Annual administration report of the Civil Veterinary Department of India - 1895-1896
Year: 1895
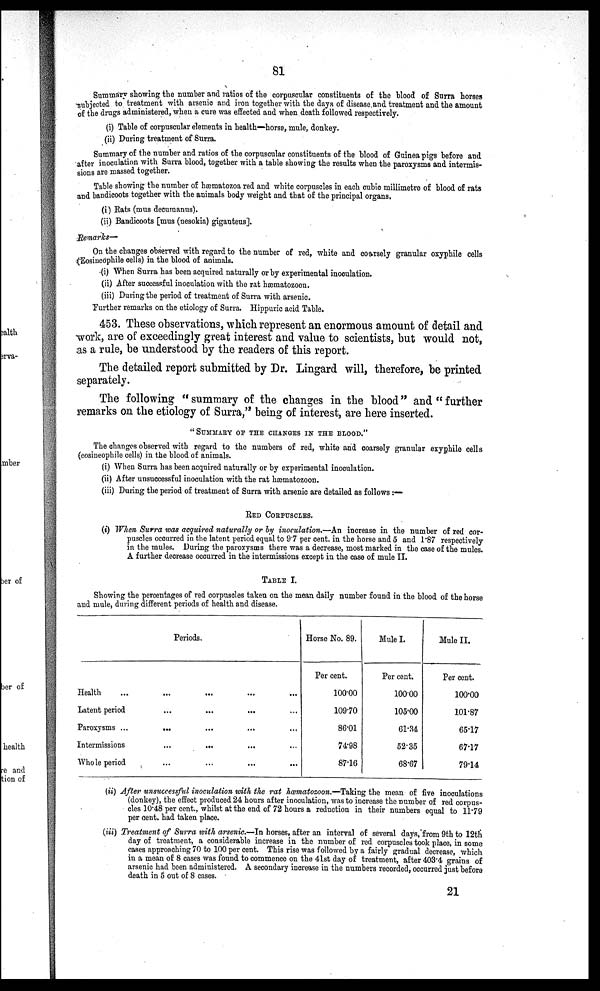
81
Summary showing the number and ratios of the corpuscular constituents of the blood of Surra horses
subjected to treatment with arsenic and iron together with the days of disease and treatment and the amount
of the drugs administered, when a cure was effected and when death followed respectively.
(i) Table of corpuscular elements in health—horse, mule, donkey.
(ii) During treatment of Surra.
Summary of the number and ratios of the corpuscular constituents of the blood of Guinea pigs before and
after inoculation with Surra blood, together with a table showing the results when the paroxysms and intermis-
sions are massed together.
Table showing the number of hæmatozoa red and white corpuscles in each cubic millimetre of blood of rats
and bandicoots together with the animals body weight and that of the principal organs.
(i) Rats (mus decumanus).
(ii) Bandicoots [mus (nesokia) giganteus].
Remarks—
On the changes observed with regard to the number of red, white and coarsely granular oxyphile cells
(Eosineophile cells) in the blood of animals.
(i) When Surra has been acquired naturally or by experimental inoculation.
(ii) After successful inoculation with the rat hæmatozoon.
(iii) During the period of treatment of Surra with arsenic.
Further remarks on the etiology of Surra. Hippuric acid Table.
453. These observations, which represent an enormous amount of detail and
work, are of exceedingly great interest and value to scientists, but would not,
as a rule, be understood by the readers of this report.
The detailed report submitted by Dr. Lingard will, therefore, be printed
separately.
The following "summary of the changes in the blood" and " further
remarks on the etiology of Surra," being of interest, are here inserted.
"SUMMARY OF THE CHANGES IN THE BLOOD."
The changes observed with regard to the numbers of red, white and coarsely granular exyphile cells
(eosineophile cells) in the blood of animals.
(i) When Surra has been acquired naturally or by experimental inoculation.
(ii) After unsuccessful inoculation with the rat hæmatozoon.
(iii) During the period of treatment of Surra with arsenic are detailed as follows :—
RED CORPUSCLES.
(i) When Surra was acquired naturally or by inoculation.—An increase in the number of red cor-
puscles occurred in the latent period equal to 9.7 per cent. in the horse and 5 and 1.87 respectively
in the mules. During the paroxysms there was a decrease, most marked in the case of the mules.
A further decrease occurred in the intermissions except in the case of mule II.
TABLE I.
Showing the percentages of red corpuscles taken on the mean daily number found in the blood of the horse
and mule, during different periods of health and disease.
Periods.
Health ... ... ... ... ...
Latent period
...
... ... ...
Paroxysms ...
... ... ... ...
Intermissions
... ... ... ...
Whole period
...
...
...
...
Horse No. 89.
Per cent.
100.00
109.70
86.01
74.98
87.16
Mule I.
Per cent.
100.00
105.00
61.34
52.35
68.67
Mule II.
Per cent.
100.00
101.87
65.17
67.17
79.14
(ii) After unsuccessful inoculation with the rat hœmatozoon.—Taking the mean of five inoculations
(donkey), the effect produced 24 hours after inoculation, was to increase the number of red corpus-
cles 10.48 per cent., whilst at the end of 72 hours a reduction in their numbers equal to 11.79
per cent. had taken place.
(iii) Treatment of Surra with arsenic.—In horses, after an interval of several days, from 9th to 12th
day of treatment, a considerable increase in the number of red corpuscles took place, in some
cases approaching 70 to 100 per cent. This rise was followed by a fairly gradual decrease, which
in a mean of 8 cases was found to commence on the 41st day of treatment, after 403.4 grains of
arsenic had been administered. A secondary increase in the numbers recorded, occurred just before
death in 5 out of 8 cases.
21